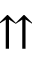
\upuparrows